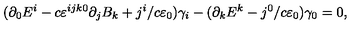
( \partial _ { 0 } E ^ { i } - c \varepsilon ^ { i j k 0 } \partial _ { j } B _ { k } + j ^ { i } / c \varepsilon _ { 0 } ) \gamma _ { i } - ( \partial _ { k } E ^ { k } - j ^ { 0 } / c \varepsilon _ { 0 } ) \gamma _ { 0 } = 0 ,